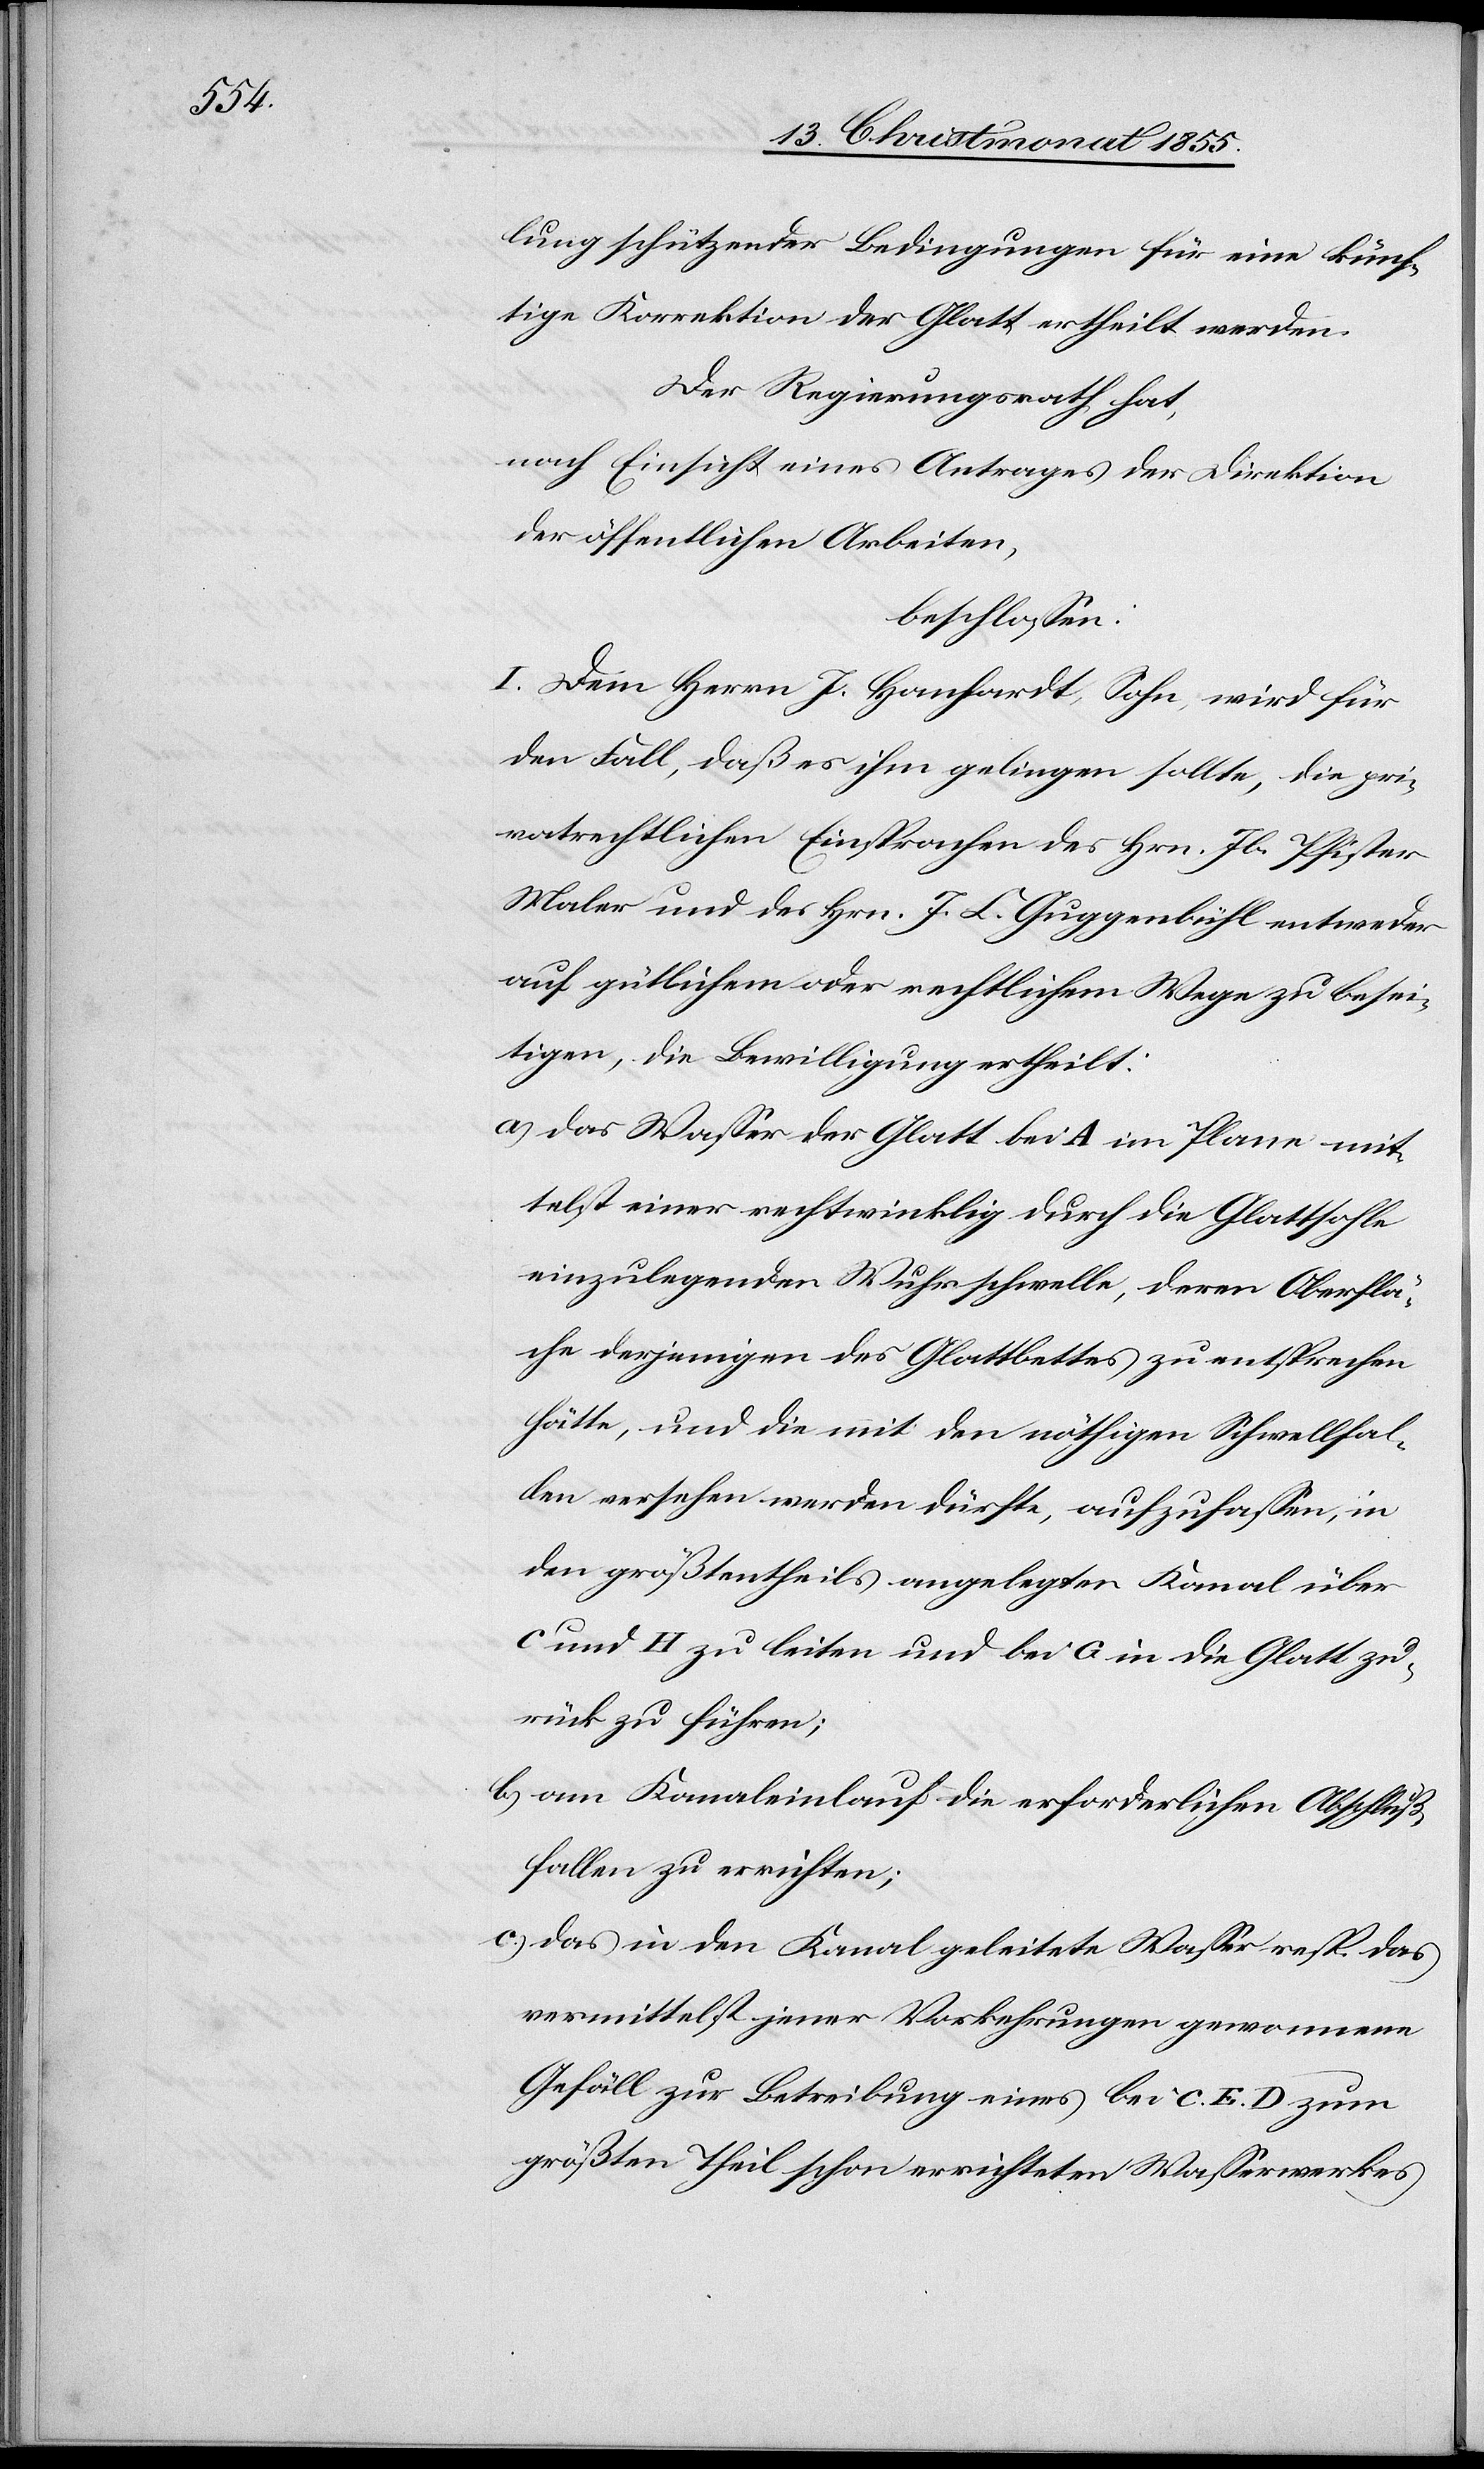
lung schützender Bedingungen für eine künf¬
tige Korrektion der Glatt ertheilt werden.
Der Regierungsrath hat,
nach Einsicht eines Antrages der Direktion
der öffentlichen Arbeiten,
beschlossen:
I. Dem Herrn J. Hanhardt, Sohn, wird für
den Fall, daß es ihm gelingen sollte, die pri¬
vatrechtlichen Einsprachen des Hrn. Jb. Pfister
Maler und des Hrn. J. C. Guggenbühl entweder
auf gütlichem oder rechtlichem Wege zu besei¬
tigen, die Bewilligung ertheilt:
das Wasser der Glatt bei A im Plane mit¬
telst einer rechtwinklig durch die Glattsohle
einzulegenden Wuhrschwelle, deren Oberflä¬
che derjenigen des Glattbettes zu entsprechen
hätte, und die mit den nöthigen Schwellfal¬
len versehen werden dürfte, aufzufassen, in
den größtentheils angelegten Kanal über
C und H zu leiten und bei G in die Glatt zu¬
rück zu führen;
am Kanaleinlauf die erforderlichen Abschluß¬
fallen zu errichten;
das in den Kanal geleitete Wasser resp. das
vermittelst jener Vorkehrungen gewonnene
Gefäll zur Betreibung eines bei C. E. D zum
größten Theil schon errichteten Wasserwerkes